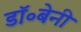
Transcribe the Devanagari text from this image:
डॉ॰बेनी